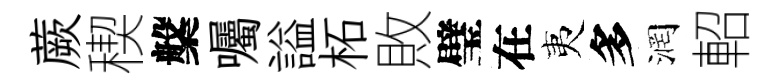
蕨稧槃囑謚柘敗璧在夷多润軺